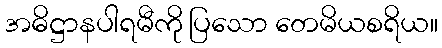
အဓိဋ္ဌာနပါရမီကို ပြသော တေမိယစရိယ။